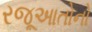
રજૂઆતોનો